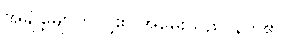
အချို့မျောက်တို့၏ အမွေးသည် နက်၏။